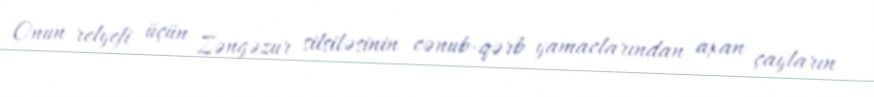
Onun relyefi üçün Zəngəzur silsiləsinin cənub-qərb yamaclarından axan çayların